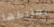
يمتلكها